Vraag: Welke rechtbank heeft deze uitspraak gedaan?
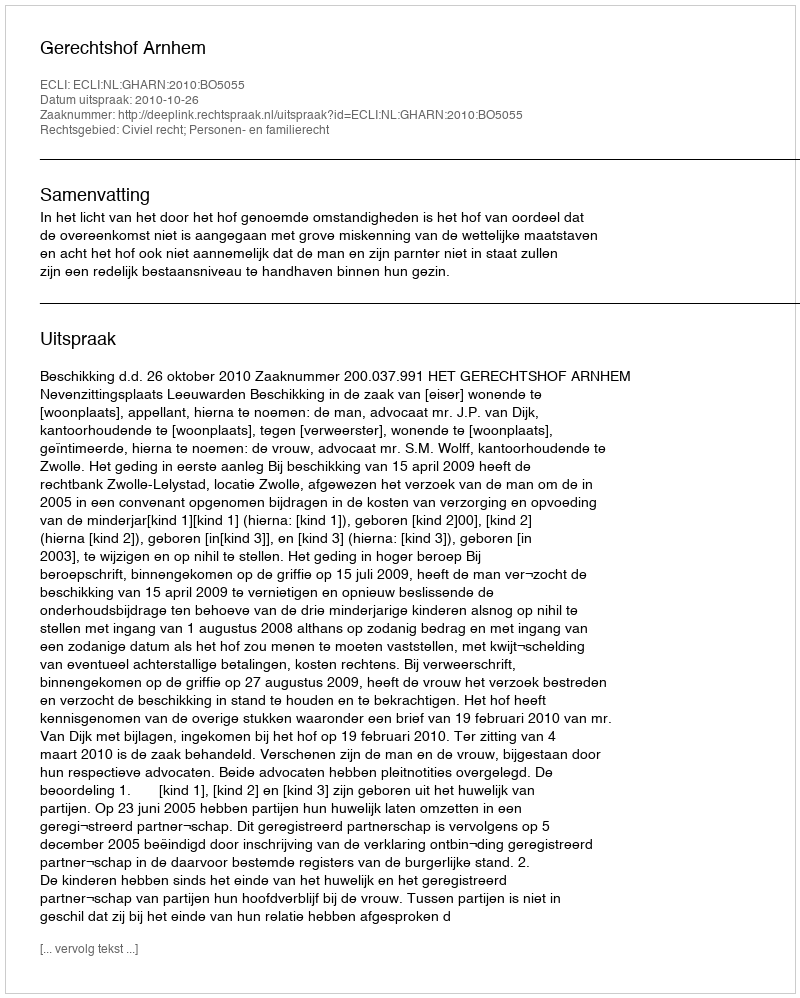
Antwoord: Gerechtshof Arnhem